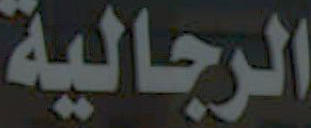
الرجالية